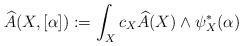
LaTeX: \begin{align*}\widehat{A} (X,[\alpha]) : = \int_X c_X \widehat{A}(X)\wedge \psi_X^* (\alpha)\end{align*}